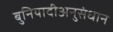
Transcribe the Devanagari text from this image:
बुनियादीअनुसंधान